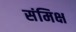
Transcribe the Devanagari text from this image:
संमिक्ष